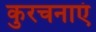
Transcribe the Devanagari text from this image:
कुरचनाएं